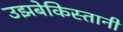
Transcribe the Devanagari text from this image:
उझबेकिस्तानी